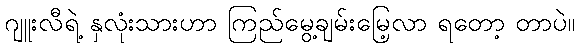
ဂျူးလီရဲ့ နှလုံးသားဟာ ကြည်မွေ့ချမ်းမြေ့လာ ရတော့ တာပဲ။